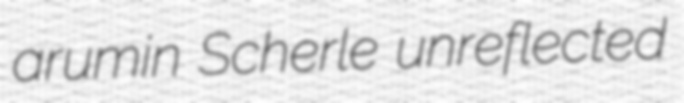
arumin Scherle unreflected